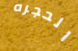
الحجره